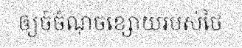
ឲ្យចំចំណុចខ្សោយរបស់ថៃ